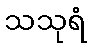
သသုရံ